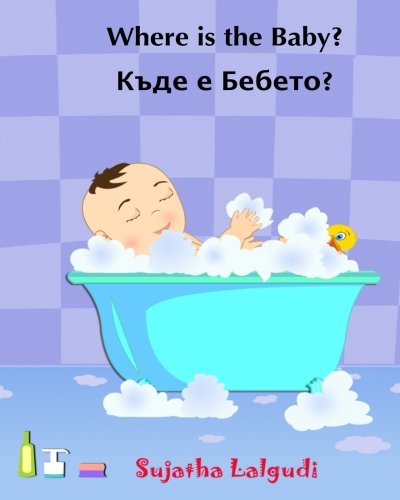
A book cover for Bulgarian book for Children: Peekaboo Baby: English Bulgarian Children's picture book (Bulgarian Edition) (Bilingual Edition). Book in Bulgarian for ... Bulgarian books for children) (Volume 1); Sujatha Lalgudi; Children's Books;